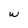
Character: w